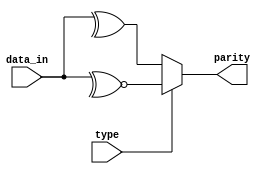
module parity_calc (
    input wire [7:0] data_in,
    input wire type,
    output wire parity

);

assign parity = type ? (~^data_in):(^data_in);

endmodule